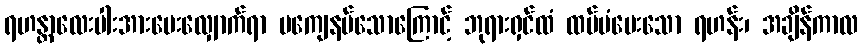
ရဟန္တာလေးပါးအားမေးလျှောက်ရာ မကျေနပ်သောကြောင့် ဘုရားရှင်ထံ ထပ်မံမေးသော ရဟန်း၊ အချိန်ကာလ